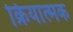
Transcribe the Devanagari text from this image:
क्रियात्‍मक